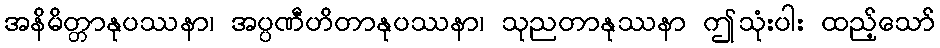
အနိမိတ္တာနုပဿနာ၊ အပ္ပဏီဟိတာနုပဿနာ၊ သုညတာနုဿနာ ဤသုံးပါး ထည့်သော်